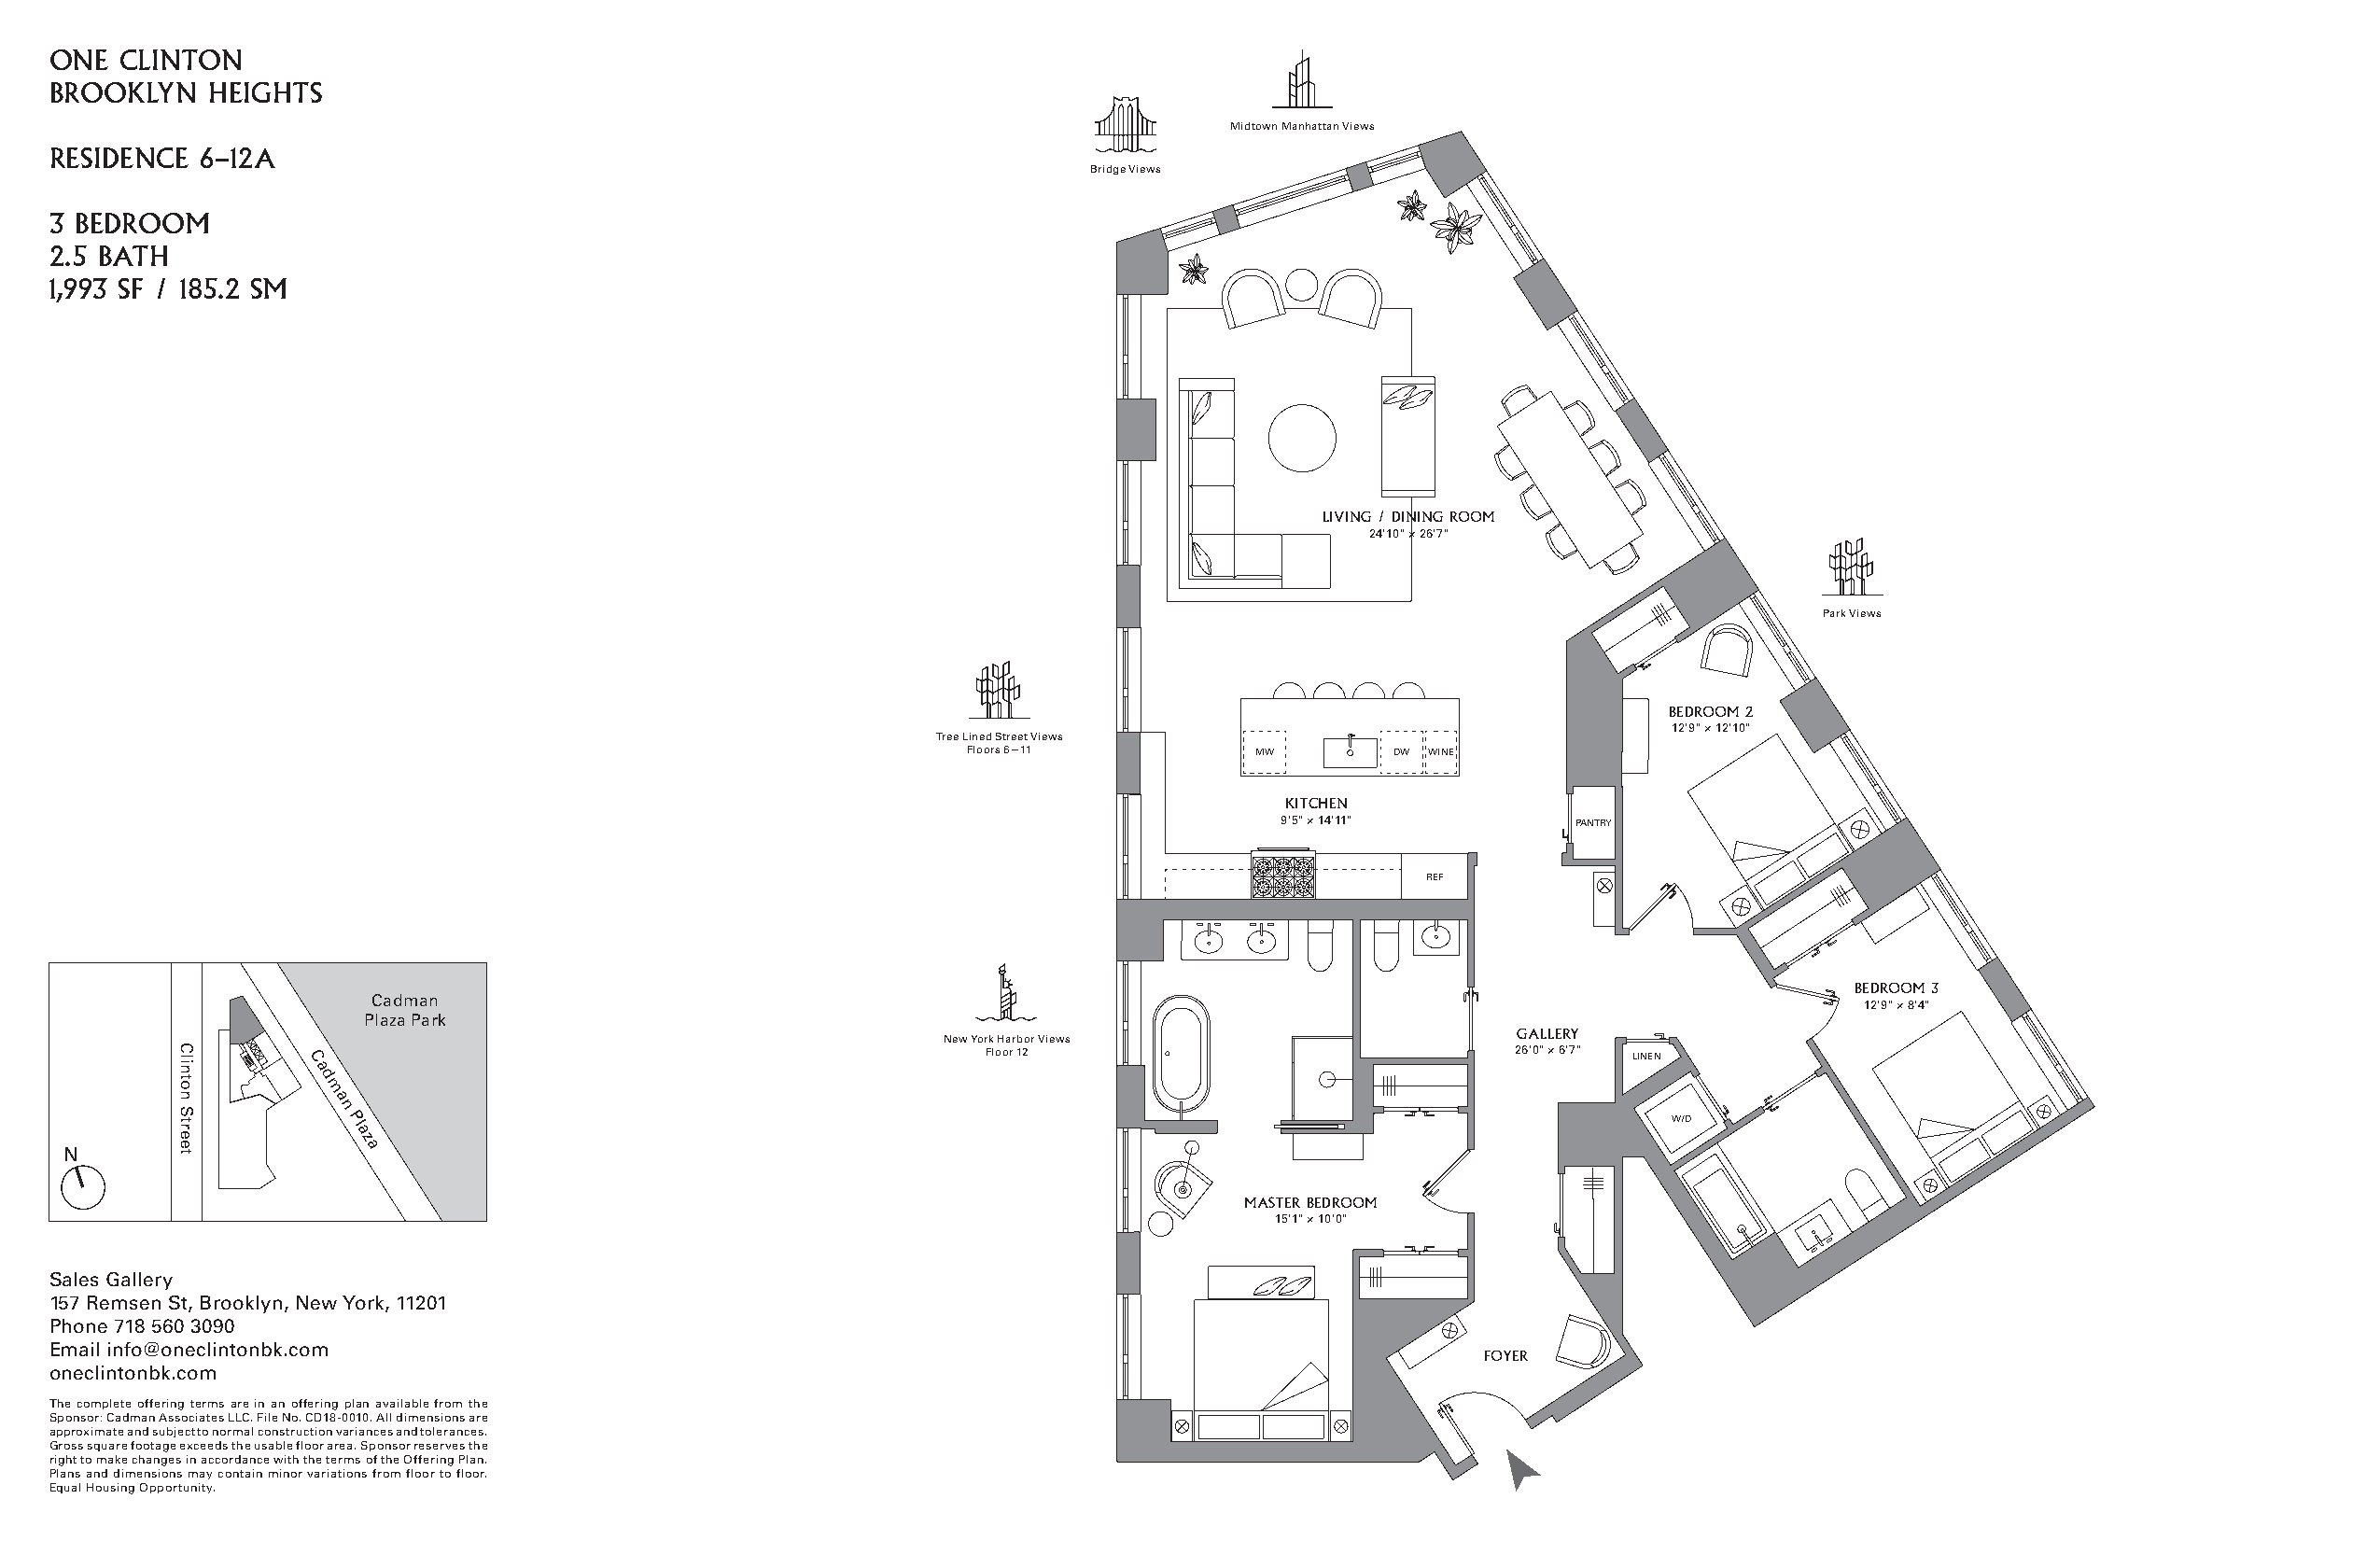
ONE  CLINTON
 BROOKLYN    HEIGHTS
 Midtown Manhattan Views
 RESIDENCE  6–12A
 Bridge Views
 3 BEDROOM
 2.5 BATH
 1,993 SF / 185.2 SM
 LIVING / DINING ROOM
 24'10" × 26'7"
 Park Views
 BEDROOM 2
 12'9" × 12'10"
 Tree Lined Street Views
 Floors 6—11         MW        DW WINE
 KITCHEN
 9'5" × 14'11"        PANTRY
 REF
 BEDROOM 3
 Cadman
 12'9" × 8'4"
 Plaza Park
 GALLERY
 New York Harbor Views
 C                                               Floor 12                             26'0" × 6'7" LINEN
 a
 d
 m
 a
 n
 Pl                                                                                             W/D
 a
 z
 a
 MASTER BEDROOM
 15'1" × 10'0"
 Sales Gallery
 157 Remsen St, Brooklyn, New York, 11201
 Phone 718 560 3090
 Email info@oneclintonbk.com
 FOYER
 oneclintonbk.com
 The complete offering terms are in an offering plan available from the
 Sponsor: Cadman Associates LLC. File No. CD18-0010. All dimensions are
 approximate and subject to normal construction variances and tolerances.
 Gross square footage exceeds the usable floor area. Sponsor reserves the
 right to make changes in accordance with the terms of the Offering Plan.
 Plans and dimensions may contain minor variations from floor to floor.
 Equal Housing Opportunity.
 Clinton
 Street